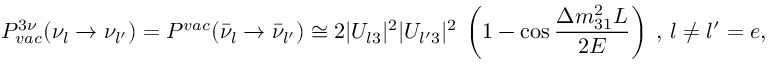
P _ { v a c } ^ { 3 \nu } ( \nu _ { l } \rightarrow \nu _ { l ^ { \prime } } ) = P ^ { v a c } ( \bar { \nu } _ { l } \rightarrow \bar { \nu } _ { l ^ { \prime } } ) \cong 2 | U _ { l 3 } | ^ { 2 } | U _ { l ^ { \prime } 3 } | ^ { 2 } ~ \left( 1 - \cos { \frac { \Delta m _ { 3 1 } ^ { 2 } L } { 2 E } } \right) ~ , ~ l \neq l ^ { \prime } = e , \mu , \tau ,